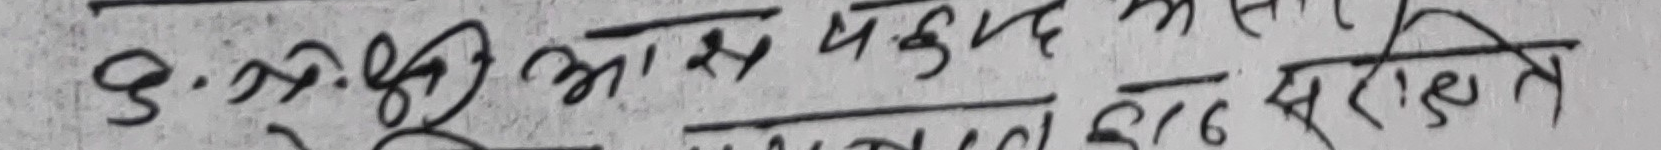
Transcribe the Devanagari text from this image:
९. श्री माझ यकून
सकल सरुपइयाँ